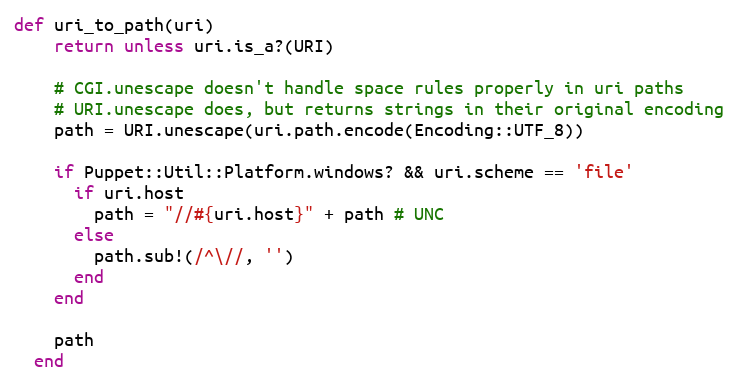
Language: Ruby
def uri_to_path(uri)
    return unless uri.is_a?(URI)

    # CGI.unescape doesn't handle space rules properly in uri paths
    # URI.unescape does, but returns strings in their original encoding
    path = URI.unescape(uri.path.encode(Encoding::UTF_8))

    if Puppet::Util::Platform.windows? && uri.scheme == 'file'
      if uri.host
        path = "//#{uri.host}" + path # UNC
      else
        path.sub!(/^\//, '')
      end
    end

    path
  end